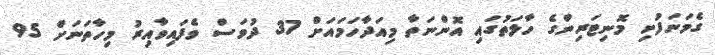
ގެމަނަފުށި މޮނިޓަރިންގެ ހާލަތުގައި އޮންނަތާ މިއަދާހަަމައަށް 37 ދުވަސް ވެފައިވާއިރު މިހާތަނަށް 95